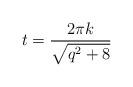
LaTeX: \begin{align*}t = \frac{2\pi k}{\sqrt{q^2+8}}\end{align*}